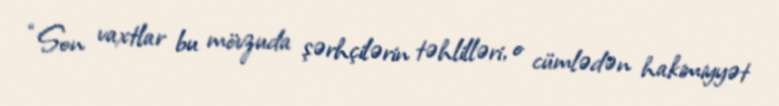
“Son vaxtlar bu mövzuda şərhçilərin təhlilləri, o cümlədən hakimiyyət